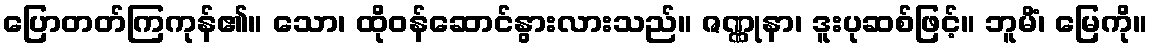
ပြောတတ်ကြကုန်၏။ သော၊ ထိုဝန်ဆောင်နွားလားသည်။ ဇဏ္ဏုနာ၊ ဒူးပုဆစ်ဖြင့်။ ဘူမိံ၊ မြေကို။